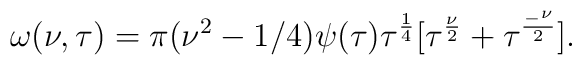
\omega(\nu,\tau)=\pi(\nu^2-1/4)\psi(\tau)\tau^\frac{1}{4}[\tau^\frac{\nu}{2}+\tau^\frac{_-\nu}{2}].